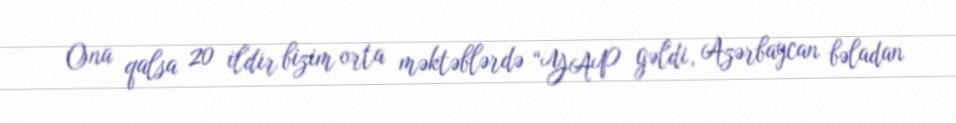
Ona qalsa 20 ildir bizim orta məktəblərdə “YAP gəldi, Azərbaycan bəladan